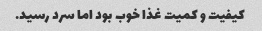
کیفیت و کمیت غذا خوب بود اما سرد رسید.